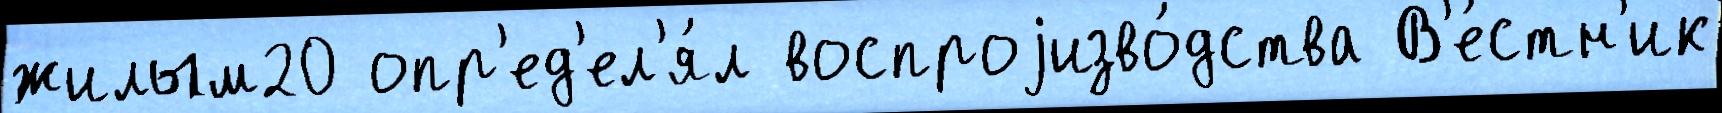
жилым20 опр'ед'ел'я́л воспроjизво́дства В'е́стн'ик